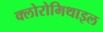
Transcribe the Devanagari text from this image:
क्लोरोमिथाइल